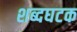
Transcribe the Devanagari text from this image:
शब्दघटक